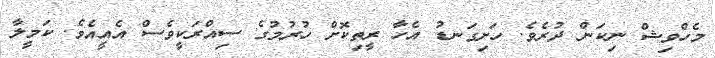
މެހްވިޝް ނިކަން ދުރެވެ. ހަށިގަނޑު އެހާ ރީތިކޮށް ހުރުމުގެ ސިއްރަކީވެސް އެއީއެވެ. ކަމީލާ